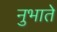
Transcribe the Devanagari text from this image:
नुभाते